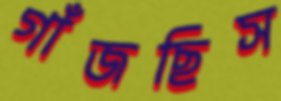
গাঁজছিস